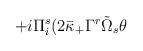
LaTeX: \begin{align*} + i \Pi_i^s ( 2 \bar{\kappa}_+ \Gamma^r \tilde{\Omega}_s \theta\end{align*}